Source: Handwritten
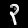
Digit: ၃ (3)